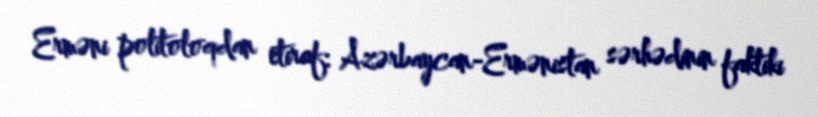
Erməni politoloqdan etiraf: Azərbaycan-Ermənistan sərhədinin faktiki